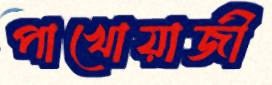
পাখোয়াজী